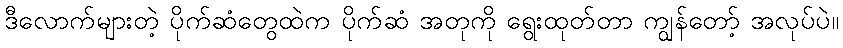
ဒီလောက်များတဲ့ ပိုက်ဆံတွေထဲက ပိုက်ဆံ အတုကို ရွေးထုတ်တာ ကျွန်တော့် အလုပ်ပဲ။